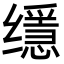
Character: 𦈠